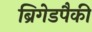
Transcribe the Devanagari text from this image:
ब्रिगेडपैकी